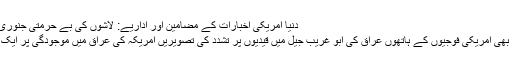
دنیا امریکی اخبارات کے مضامین اور اداریے: لاشوں کی بے حرمتی جنوری 14, 2012
سات سال بعد بھی امریکی فوجیوں کے ہاتھوں عراق کی ابو غُریب جیل میں قیدیوں پر تشدد کی تصویریں امریکہ کی عراق میں موجودگی پر ایک بدنما داغ ہیں۔